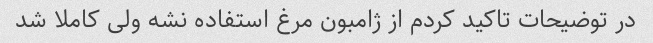
در توضیحات تاکید کردم از ژامبون مرغ استفاده نشه ولی کاملا شد